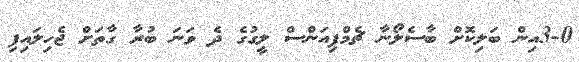
3-0އިން ބަލިކޮށް ބާސެލޯނާ ޗެމްޕިއަންސް ލީގުގެ ދެ ވަނަ ބުރާ ގާތަށް ޖެހިލައިފި